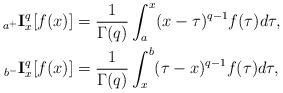
\begin{align*}_{a^{+}}\mathbf{I}_{x}^{q}[f(x)] & =\frac{1}{\Gamma(q)}\int_{a}^{x}(x-\tau)^{q-1}f(\tau)d\tau,\\_{b^{-}}\mathbf{I}_{x}^{q}[f(x)] & =\frac{1}{\Gamma(q)}\int_{x}^{b}(\tau-x)^{q-1}f(\tau)d\tau,\end{align*}